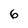
Character: 6